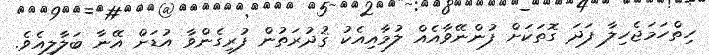
ހިތްހަމަޖެހިލާ ފަދަ ގޮތަކަށް ފުންނޭވާއެއް ލުމާއިއެކު ޤުދުރަތުން ފުރިގެންވާ އުޑަށް އޭނާ ބަލާލިއެވެ.